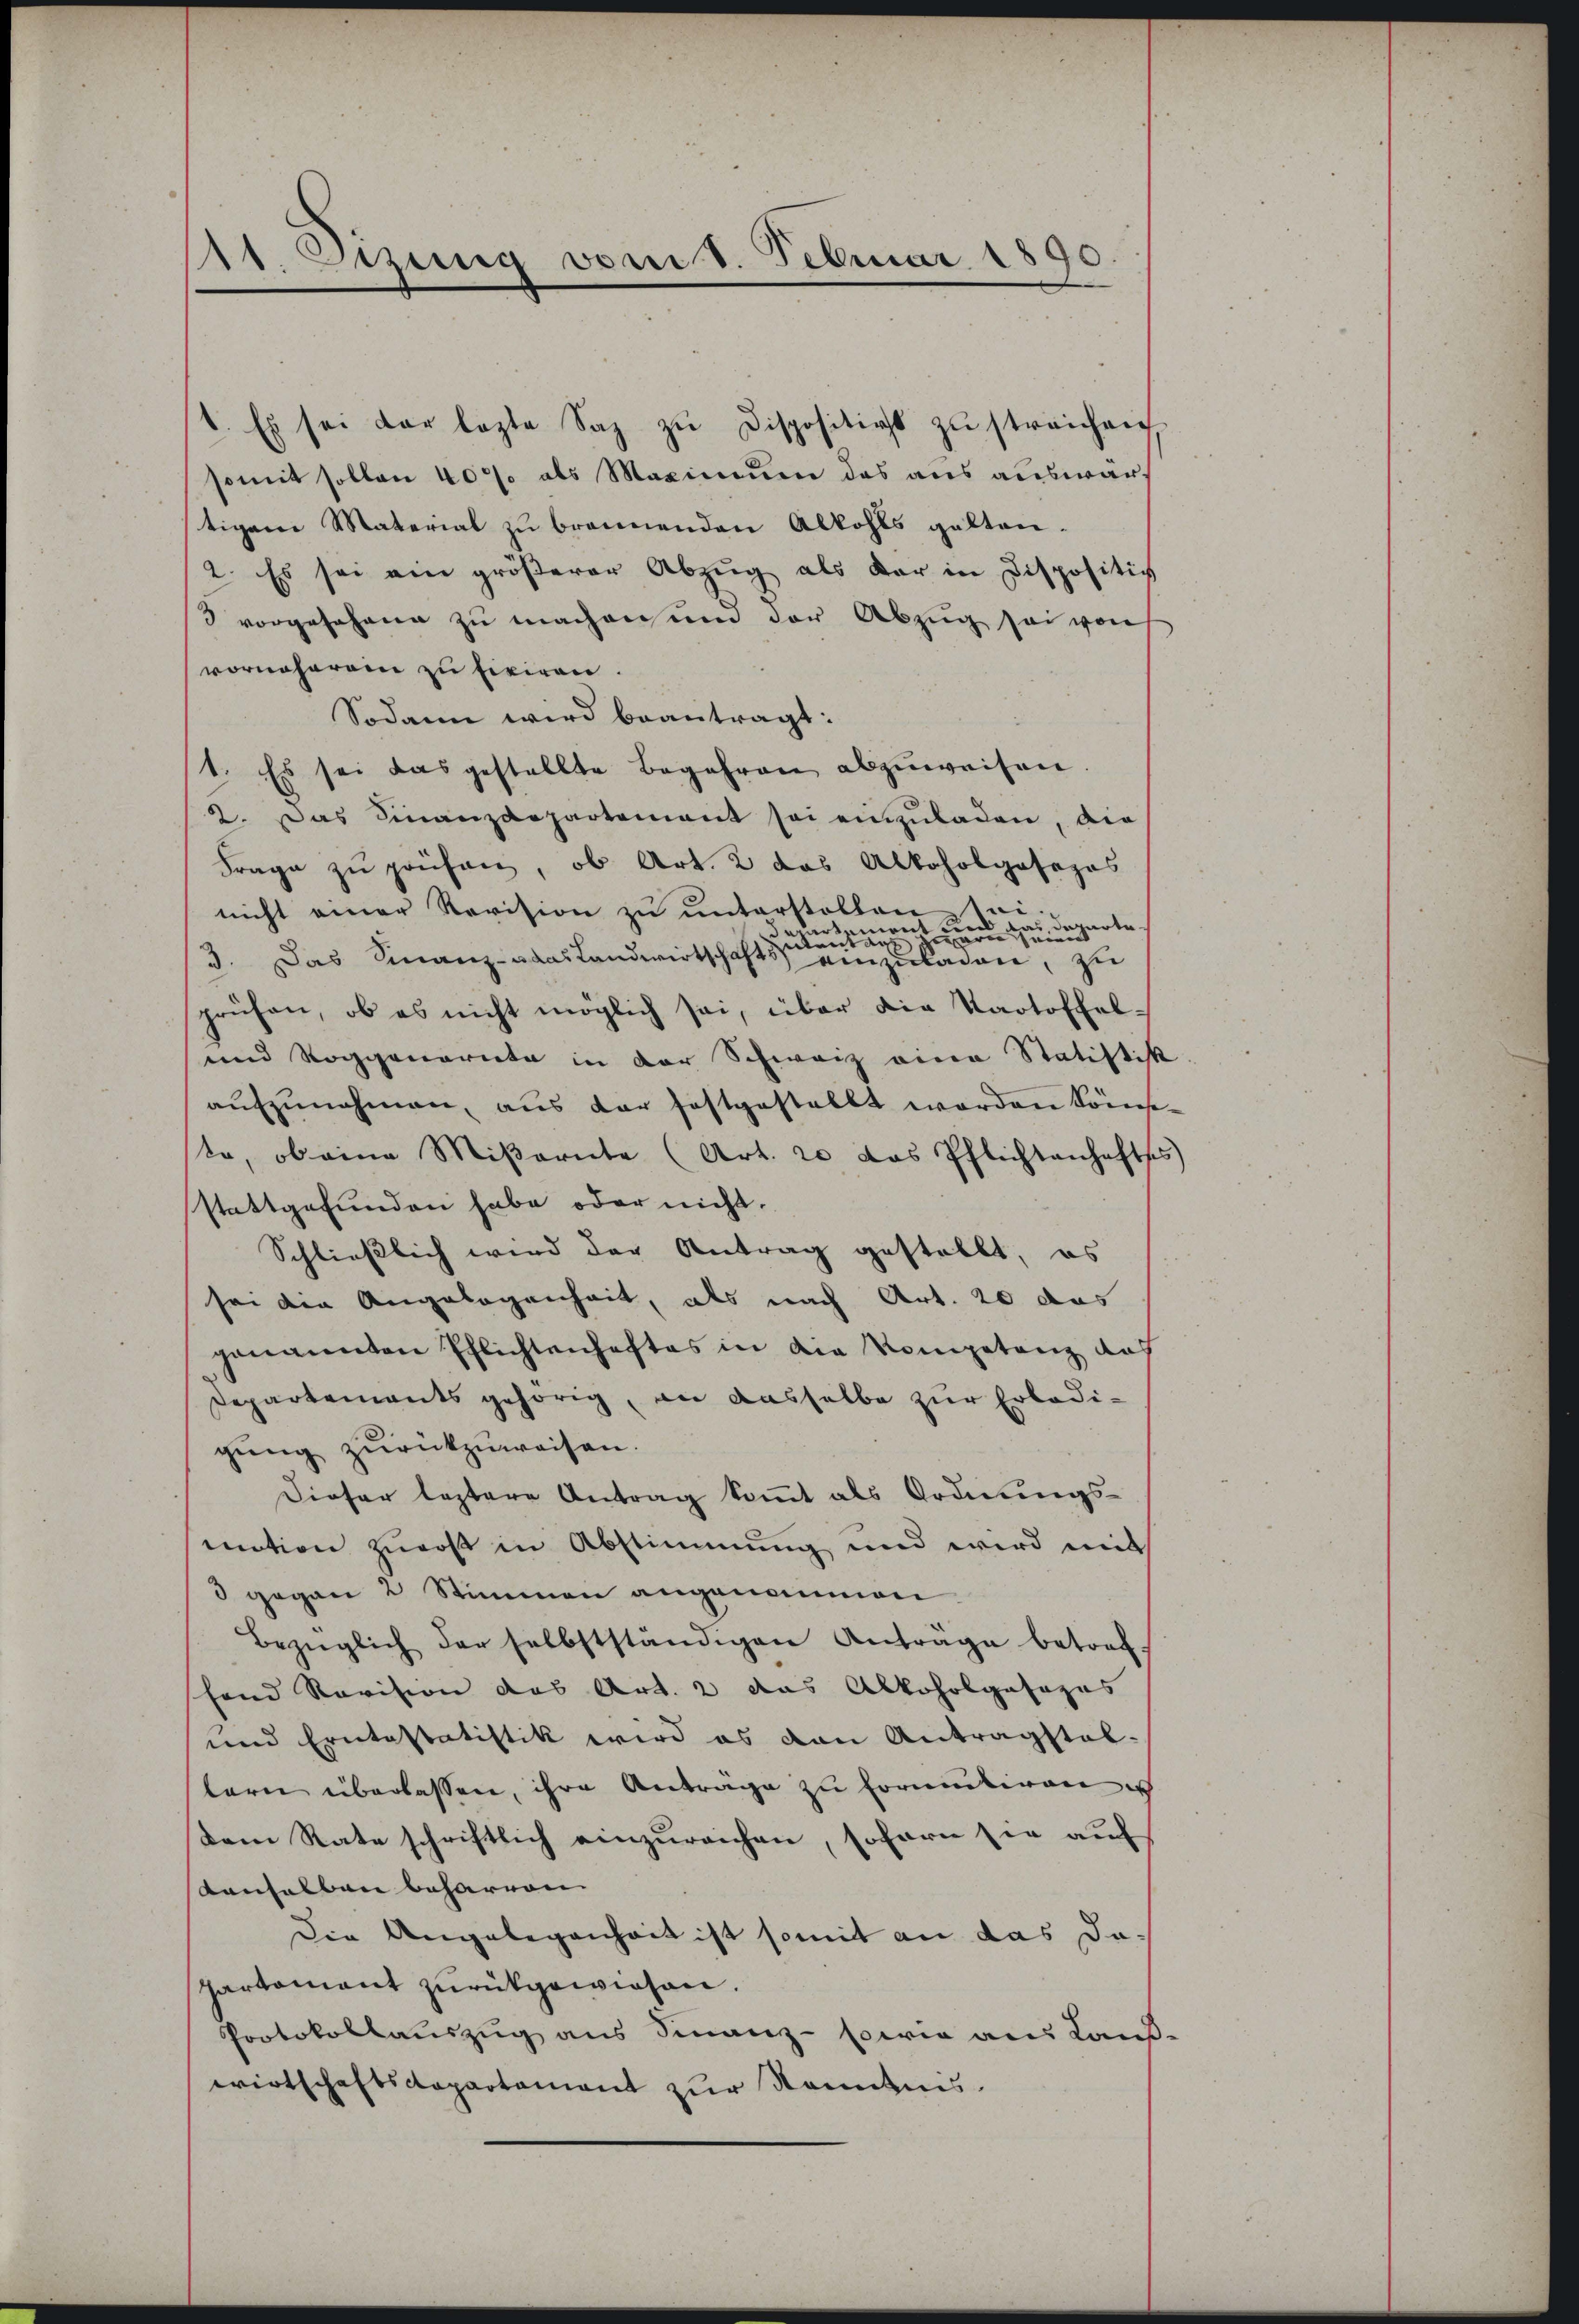
11. Dezung vom 8. Februar 1890.

1. Es sei der lezte Sag zŭ dispositiat zu streichen
somit sollen 40% als Maximum das aus auswartigem Material zu brennenden Alkohls galten-
2. Es sei ein gröβerer Abzŭg als dar in dispositiv
vorgesehene zu machen und der Abzug sei von
vornehmen zu fixiren.
Sodann wird beantragt:
1. Es sei das gestellte Begehren abzuweisen.
2. Das Finanzdepartement sei einzuladen, die
Frage zu prüfen, ob Art. 2 das Alkoholgasepos
nicht einer Revision zŭ ŭnterstellen i
.
weit zur hat departe.
x
3. Das Finanz-adas Landwirtschaftszuste
einzuladen, zu
prüfen, ob es nicht möglich sei, über die Kartoffel¬
und Roggenorita in der Schweiz eine Statistik
aŭfzŭnehmen, aŭs der festgestellt worden könne
te, ob eine Miβarnte (Art. 20 das Pflichtenhaftss
stattgefunden habe oder nicht.
Schließlich wird der Antrag gestellt, es
sei die Angelegenheit, als nach Art. 20 das
genannten Pflichtenhaftes in die Kompetenz das
Departements gehörig, an dasselbe zur Erledigŭng zurückzuweisen.
Dieser leztere Antrag kommt als Ordnungs-
mation zurost in Abstimmung und wird mit
3 gegen 2 Stimmen angenommen
Bezüglich der selbstständigen Anträge betref-
shand Revision das Art. 2 das Alkoholgofages
und Erntestatistik wird es von Antragstal-
tern überlassen, ihre Antrage zu Errumtiven u
dem Rate schriftlich einzureichen, sofern sie auf
tanhalben beharren.
Die Angelegenheit ist somit an das Dapartement zurückgewiesen.
Protokollauszug aus Finanz- sowie aus Land
wirtschaftscopartament zur Kenntnis.